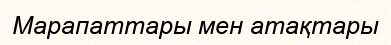
Марапаттары мен атақтары